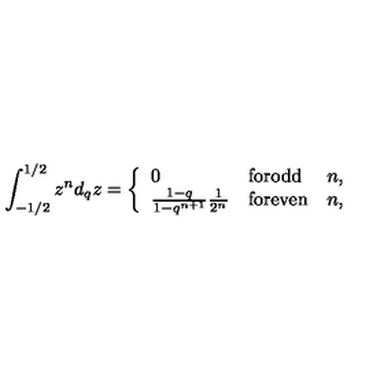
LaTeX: \int _ { - 1 / 2 } ^ { 1 / 2 } z ^ { n } d _ { q } z = \left\{ \begin{array} { l l l } { 0 } & { \mathrm { f o r o d d } } & { n , } \\ { \frac { 1 - q } { 1 - q ^ { n + 1 } } \frac { 1 } { 2 ^ { n } } } & { \mathrm { f o r e v e n } } & { n , } \\ \end{array} \right.